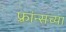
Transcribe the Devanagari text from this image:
फ़्रांन्सच्या